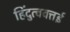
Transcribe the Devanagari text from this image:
हिंदुत्ववत्तई